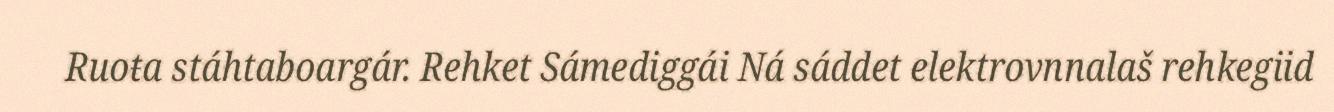
Ruoŧa stáhtaboargár. Rehket Sámediggái Ná sáddet elektrovnnalaš rehkegiid